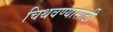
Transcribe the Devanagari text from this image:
चिथवण्यासाठी